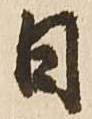
日